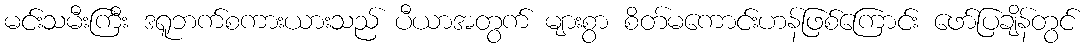
မင်းသမီးကြီး ဒရူဘက်စကားယားသည် ပီယာအတွက် များစွာ စိတ်မကောင်းဟန်ဖြစ်ကြောင်း ဖော်ပြချိန်တွင်